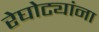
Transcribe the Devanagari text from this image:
रेघोट्यांना